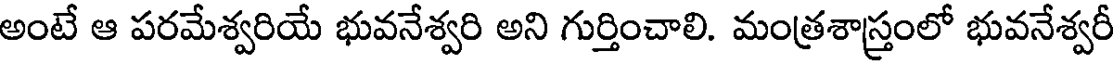
అంటే ఆ పరమేశ్వరియే భువనేశ్వరి అని గుర్తించాలి. మంత్రశాస్త్రంలో భువనేశ్వరీ